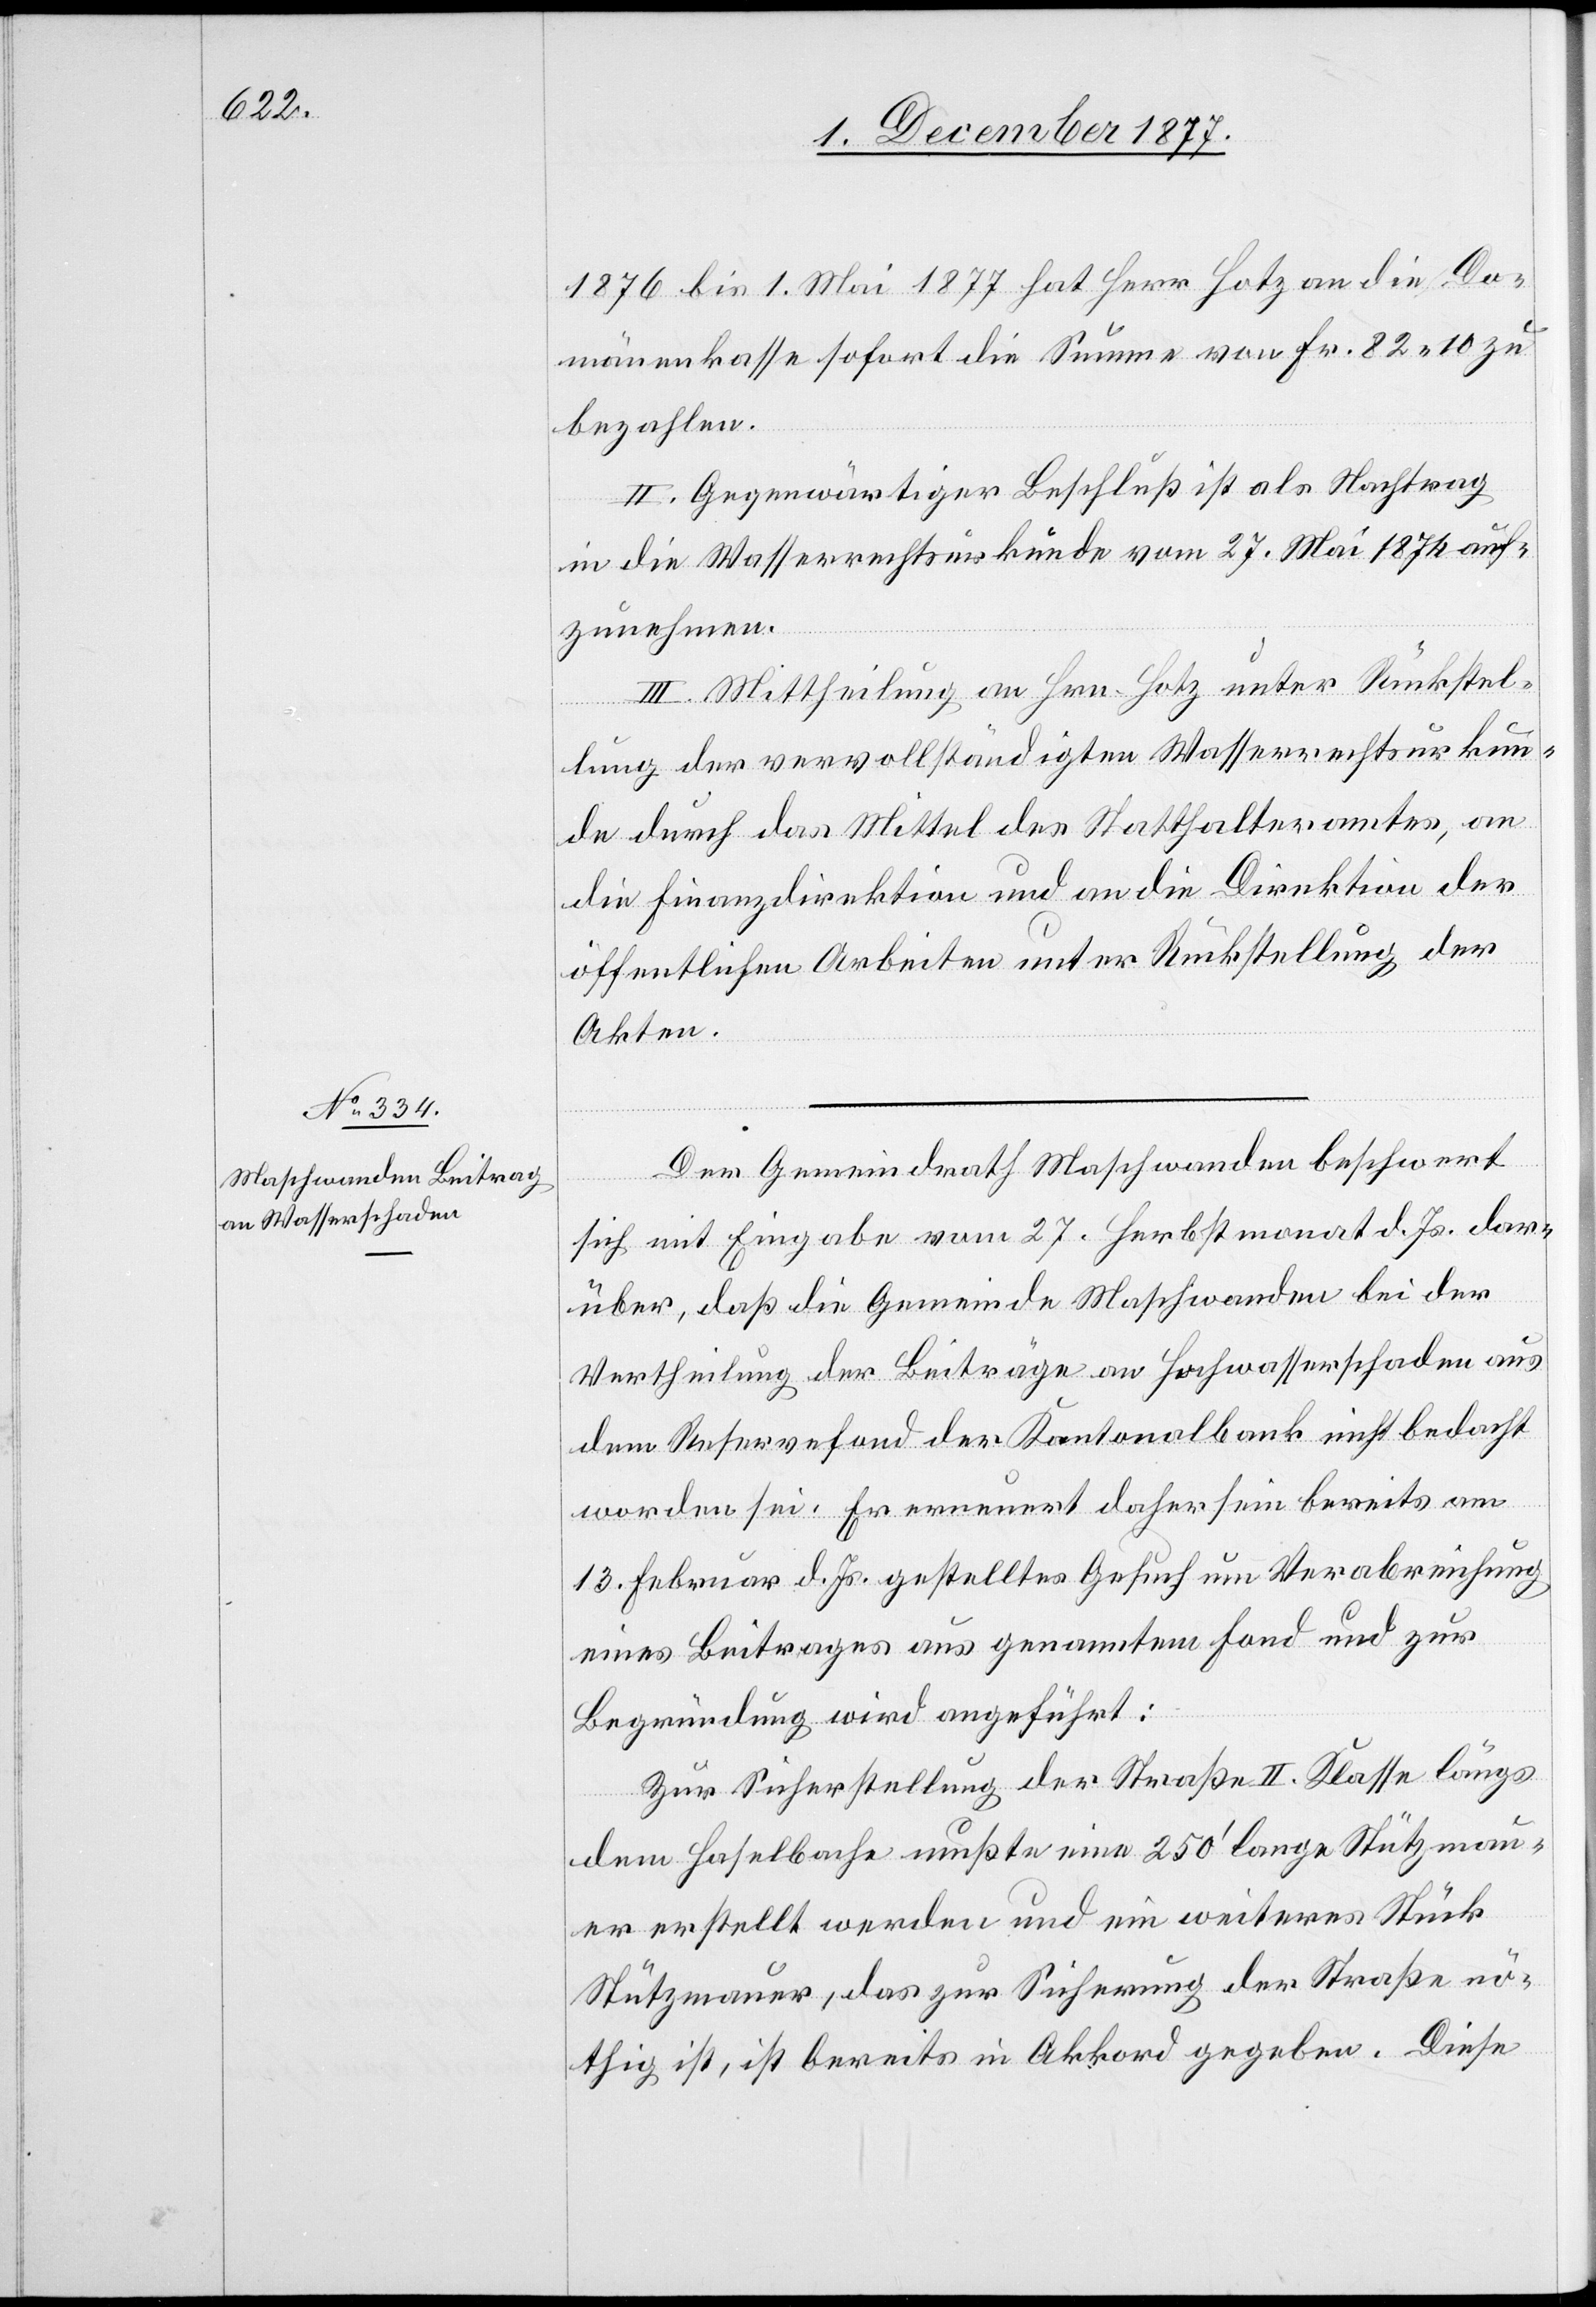
1876 bis 1. Mai 1877 hat Herr Hotz an die Do¬
mänenkasse sofort die Summe von Fr. 82.10 zu
bezahlen.
II. Gegenwärtiger Beschluß ist als Nachtrag
in die Wasserrechtsurkunde vom 27. Mai 1874 auf¬
zunehmen.
III. Mittheilung an Hrn. Hotz unter Rückstel¬
lung der vervollständigten Wasserrechtsurkun¬
de durch das Mittel des Statthalteramtes, an
die Finanzdirektion und an die Direktion der
öffentlichen Arbeiten unter Rückstellung der
Akten.
Der Gemeindrath Maschwanden beschwert
sich mit Eingabe vom 27. Herbstmonat d. Js. dar¬
über, daß die Gemeinde Maschwanden bei der
Vertheilung der Beiträge an Hochwasserschaden aus
dem Reservefond der Kantonalbank nicht bedacht
worden sei. Er erneuert daher sein bereits am
13. Februar d. Js. gestelltes Gesuch um Verabreichung
eines Beitrages aus genanntem Fond und zur
Begründung wird angeführt:
Zur Sicherstellung der Straße II. Klasse längs
dem Haselbache mußte eine 250‘ lange Stützmau¬
er erstellt werden und ein weiteres Stück
Stützmauer, das zur Sicherung der Straße nö¬
thig ist, ist bereits in Akkord gegeben. Diese